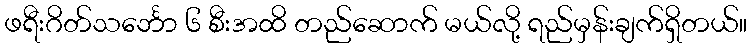
ဖရီးဂိတ်သင်္ဘော ၆ စီးအထိ တည်ဆောက် မယ်လို့ ရည်မှန်းချက်ရှိတယ်။